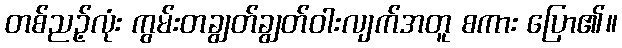
တစ်ညဉ့်လုံး ကွမ်းတချွတ်ချွတ်ဝါးလျက်အတူ စကား ပြော၏။